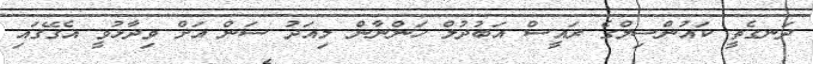
ދަނގެތީ ކައުންސިލްގެ ރައީސް އަބުދުލް ހަންނާން މިއަދު ސަން އަށް ވިދާޅުވީ އެގޭގައި